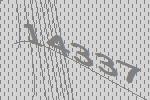
14337